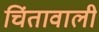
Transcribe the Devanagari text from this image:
चिंतावाली